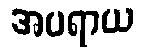
အပရာယ